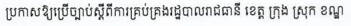
ប្រកាសឱ្យប្រើច្បាប់ស្តីពីការគ្រប់គ្រងរដ្ឋបាលរាជធានី ខេត្ត ក្រុង ស្រុក ខណ្ឌ